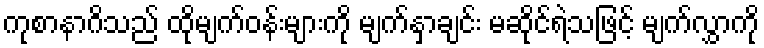
ကုစာနာဂိသည် ထိုမျက်ဝန်းများကို မျက်နှာချင်း မဆိုင်ရဲသဖြင့် မျက်လွှာကို